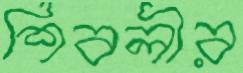
শিবলীর